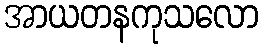
အာယတနကုသလော